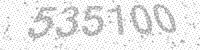
Solution: 535100